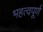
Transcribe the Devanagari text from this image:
भहत्वपूर्ण